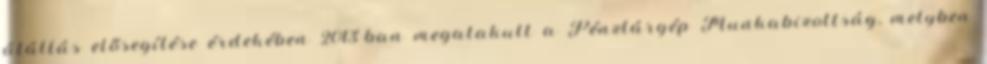
átállás elősegítése érdekében 2013-ban megalakult a Pénztárgép Munkabizottság, melyben